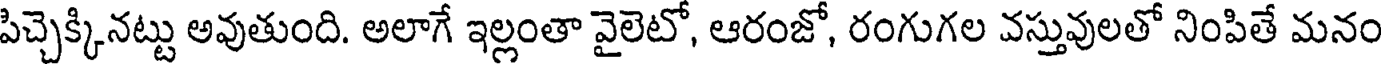
పిచ్చెక్కినట్టు అవుతుంది. అలాగే ఇల్లంతా వైలెటో, ఆరంజో, రంగుగల వస్తువులతో నింపితే మనం